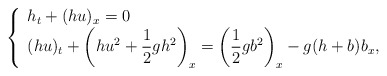
\begin{align*} \left\{\begin{array} {l} \displaystyle h_t+(hu)_x=0 \\ \displaystyle (hu)_t+ \left( hu^2+\frac{1}{2}gh^2 \right)_x=\left(\frac12gb^2\right)_x-g(h+b)b_x, \end{array} \right.\end{align*}